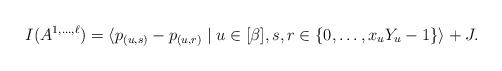
LaTeX: \begin{align*}I(A^{1,\dots,\ell}) = \langle p_{(u,s)} - p_{(u,r)} \mid u \in [\beta], s,r \in \{0,\dots,x_uY_u -1\} \rangle + J.\end{align*}